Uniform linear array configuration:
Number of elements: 12
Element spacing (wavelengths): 0.75
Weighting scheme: hann
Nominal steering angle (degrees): -60
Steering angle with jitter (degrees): -59.629
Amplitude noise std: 0.05
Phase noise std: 0.05

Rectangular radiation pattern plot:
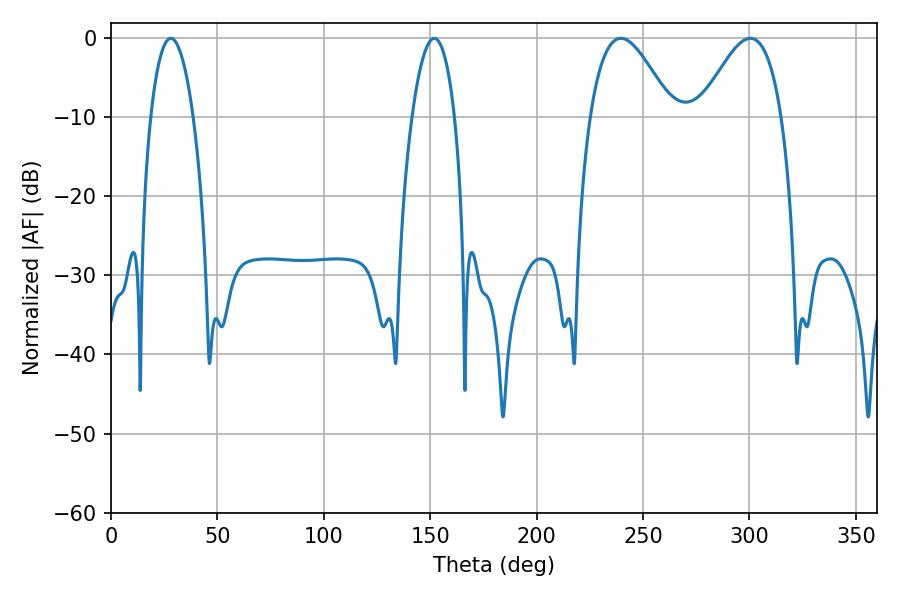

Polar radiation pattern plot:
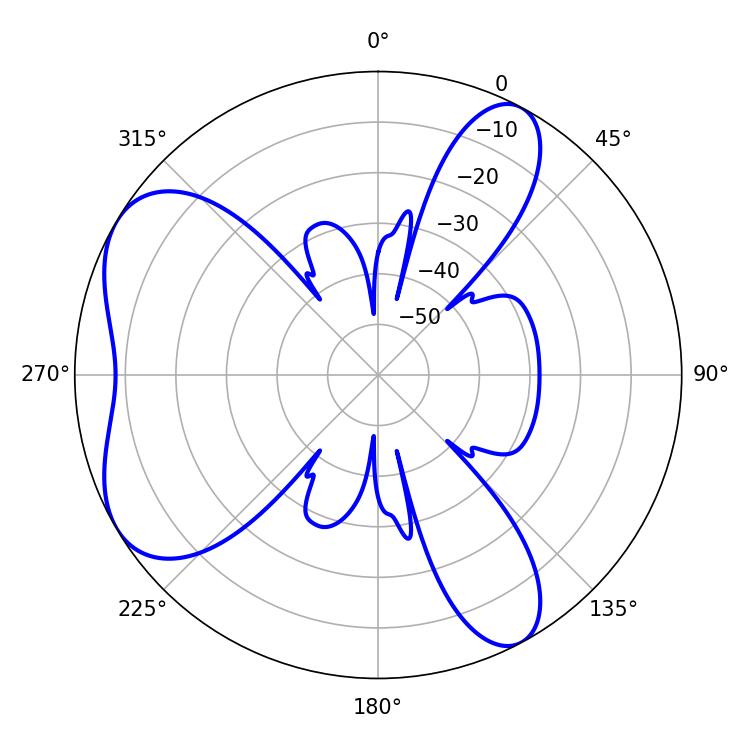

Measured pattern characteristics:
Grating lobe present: TRUE
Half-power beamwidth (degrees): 20.7
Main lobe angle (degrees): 239.58